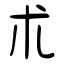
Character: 朮